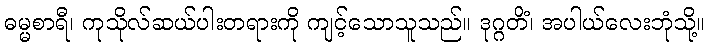
ဓမ္မစာရီ၊ ကုသိုလ်ဆယ်ပါးတရားကို ကျင့်သောသူသည်။ ဒုဂ္ဂတိံ၊ အပါယ်လေးဘုံသို့။